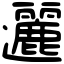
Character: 邐